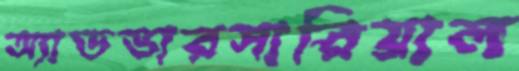
অ্যাডভারসারিয়াল